Annual report of the Punjab Veterinary College and of the Civil Veterinary Department, Punjab - 1920-1925
Year: 1920
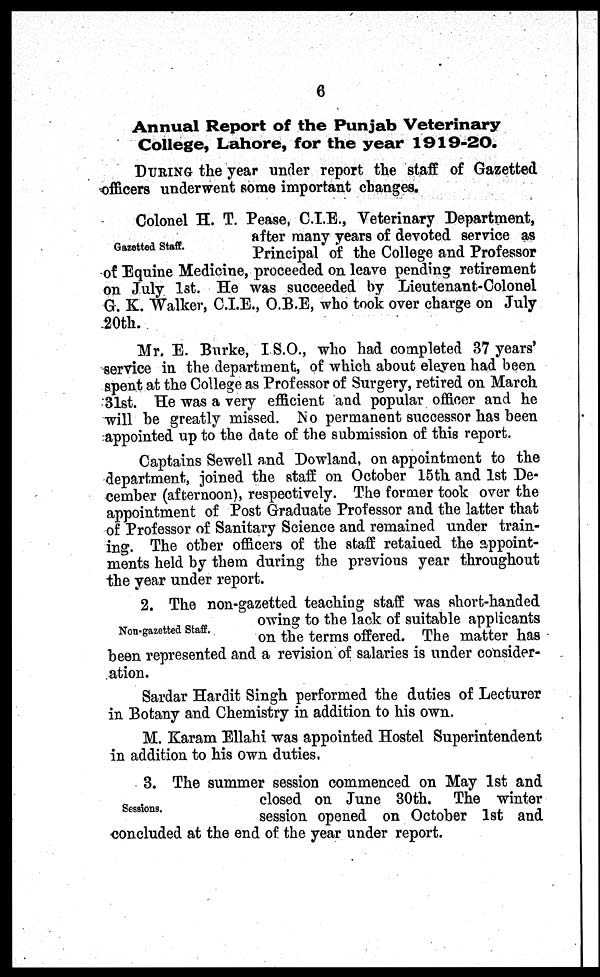
6
Annual Report of the Punjab Veterinary
College, Lahore, for the year 1919-20.
DURING the year under report the staff of Gazetted
officers underwent some important changes.
Gazetted Staff.
Colonel H. T. Pease, C.I.E., Veterinary Department,
after many years of devoted service as
Principal of the College and Professor
of Equine Medicine, proceeded on leave pending retirement
on July 1st. He was succeeded by Lieutenant-Colonel
G. K. Walker, C.I.E., O.B.E, who took over charge on July
20th.
Mr. E. Burke, I. S.O., who had completed 37 years'
service in the department, of which about eleven had been
spent at the College as Professor of Surgery, retired on March
31st. He was a very efficient and popular officer and he
will be greatly missed. No permanent successor has been
appointed up to the date of the submission of this report.
Captains Sewell and Dowland, on appointment to the
department, joined the staff on October 15th and 1st De-
cember (afternoon), respectively. The former took over the
appointment of Post Graduate Professor and the latter that
of Professor of Sanitary Science and remained under train-
ing. The other officers of the staff retained the appoint-
ments held by them during the previous year throughout
the year under report.
Non-gazetted Staff.
2. The non-gazetted teaching staff was short-handed
owing to the lack of suitable applicants
on the terms offered. The matter has
been represented and a revision of salaries is under consider-
ation.
Sardar Hardit Singh performed the duties of Lecturer
in Botany and Chemistry in addition to his own.
M. Karam Ellahi was appointed Hostel Superintendent
in addition to his own duties.
Sessions.
3. The summer session commenced on May 1st and
closed on June 30th. The winter
session opened on October 1st and
concluded at the end of the year under report.